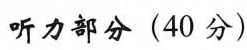
听力部分(40分)